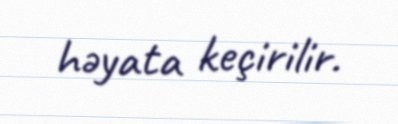
həyata keçirilir.